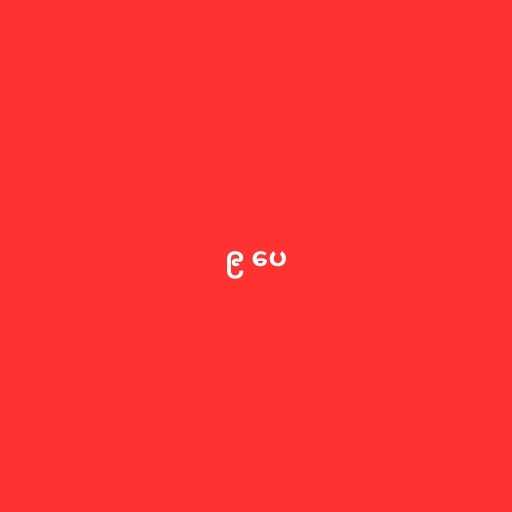
၉ ပေ